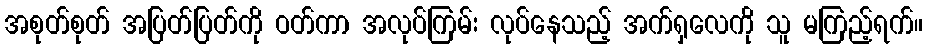
အစုတ်စုတ် အပြတ်ပြတ်ကို ဝတ်ကာ အလုပ်ကြမ်း လုပ်နေသည့် အက်ရှလေကို သူ မကြည့်ရက်။